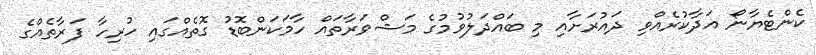
ކެންޓެޔާނޯ އަދާކުރެއްވި ދައުރަށާއި މި ބައްދަލުވުމުގެ މަޝްވަރާތައް ހާމަކަންބޮޑު ގޮތެއްގައި ހުރިހާ ފަރާތެއްގެ